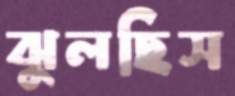
ঝুলছিস